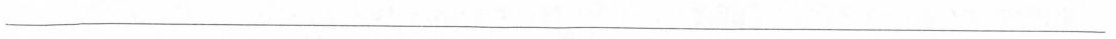
___